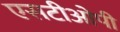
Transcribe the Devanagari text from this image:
एसटीओपी